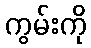
ကွမ်းကို